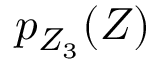
p _ { Z _ { 3 } } ( Z )